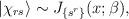
LaTeX: \begin{align*}|\chi_{rs}\rangle \sim J_{\{ s^r\}}(x;\beta),\end{align*}